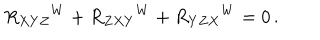
R _ { X Y Z } { } ^ { W } + R _ { Z X Y } { } ^ { W } + R _ { Y Z X } { } ^ { W } = 0 \, .